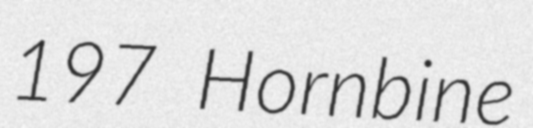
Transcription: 197 Hornbine